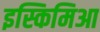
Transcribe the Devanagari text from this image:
इस्किमिआ